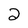
Character: 2